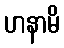
ဟနာမိ